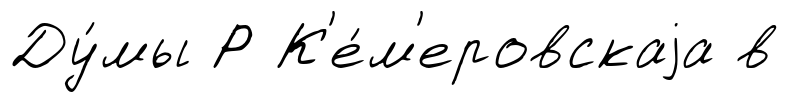
Ду́мы Р К'е́м'еровскаjа в